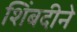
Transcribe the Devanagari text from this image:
शिंबदीने